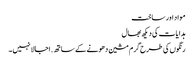
مواد اور ساخت
ہدایات کی دیکھ بھال
رنگوں کی طرح گرم مشین دھونے کے ساتھ. اجالا نہیں ۔